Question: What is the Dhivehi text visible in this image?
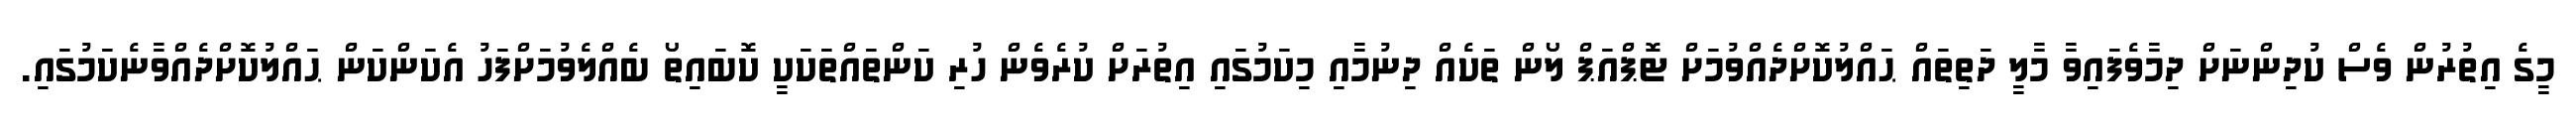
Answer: މީގެ އިތުރުން ވެސް ކުދިންނަށް ދިމާވެފައިވާ މާލީ ދަތިތައް ޙައްލުކޮށްދެއްވުމަށް ޓޮޕްއަޕް ލޯން ތަކެއް ދިނުމާއި މިކަމުގައި އިތުރަށް ކުރެވެން ހުރި ކަންތައްތަކަކީ ކޮބައިތޯ ބެއްލެވުމަށްފަހު އެކަންކަން ޙައްލުކޮށްދެއްވާނެކަމުގައި.